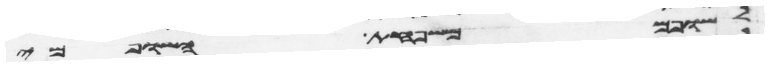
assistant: לשופם משפחת השופמי